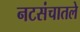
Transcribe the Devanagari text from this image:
नटसंचातले